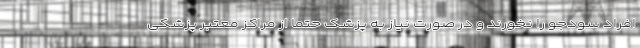
افراد سودجو را نخورند و در صورت نیاز به پزشک حتما از مراکز معتبر پزشکی